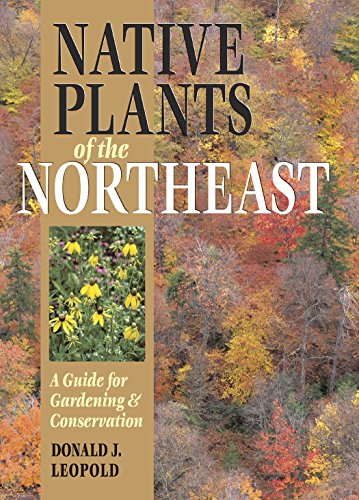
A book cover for Native Plants of the Northeast: A Guide for Gardening and Conservation; Donald J. Leopold; Crafts, Hobbies & Home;